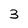
Character: 3